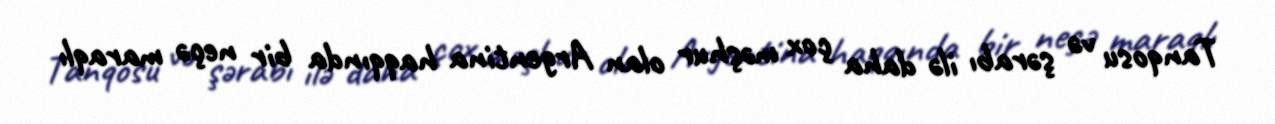
Tanqosu və şərabı ilə daha çox məşhur olan Argentina haqqında bir neçə maraqlı